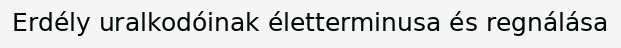
Erdély uralkodóinak életterminusa és regnálása